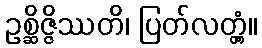
ဥစ္ဆိဇ္ဇိဿတိ၊ ပြတ်လတ္တံ့။